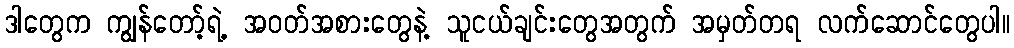
ဒါတွေက ကျွန်တော့်ရဲ့ အဝတ်အစားတွေနဲ့ သူငယ်ချင်းတွေအတွက် အမှတ်တရ လက်ဆောင်တွေပါ။